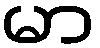
မာ